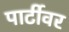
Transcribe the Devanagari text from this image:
पार्टीवर